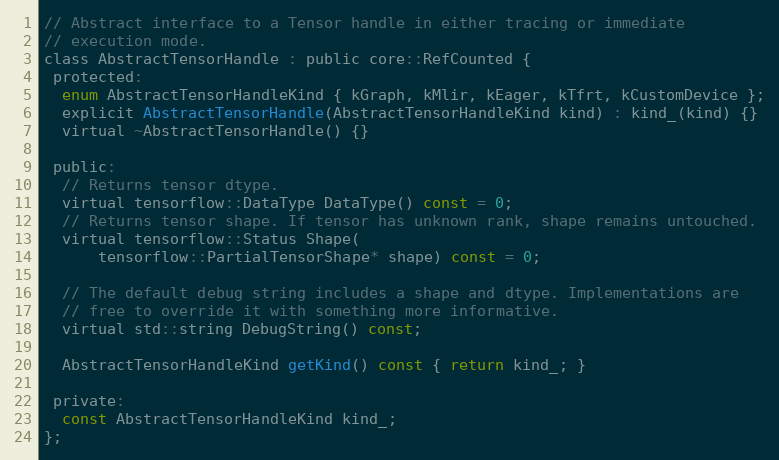
Language: C
// Abstract interface to a Tensor handle in either tracing or immediate
// execution mode.
class AbstractTensorHandle : public core::RefCounted {
 protected:
  enum AbstractTensorHandleKind { kGraph, kMlir, kEager, kTfrt, kCustomDevice };
  explicit AbstractTensorHandle(AbstractTensorHandleKind kind) : kind_(kind) {}
  virtual ~AbstractTensorHandle() {}

 public:
  // Returns tensor dtype.
  virtual tensorflow::DataType DataType() const = 0;
  // Returns tensor shape. If tensor has unknown rank, shape remains untouched.
  virtual tensorflow::Status Shape(
      tensorflow::PartialTensorShape* shape) const = 0;

  // The default debug string includes a shape and dtype. Implementations are
  // free to override it with something more informative.
  virtual std::string DebugString() const;

  AbstractTensorHandleKind getKind() const { return kind_; }

 private:
  const AbstractTensorHandleKind kind_;
};